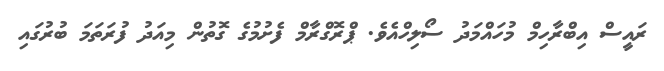
ރައީސް އިބްރާހިމް މުހައްމަދު ސޯލިހްއެވެ. ޕްރޮގްރާމް ފެށުމުގެ ގޮތުން މިއަދު ފުރަތަމަ ބުރުގައި